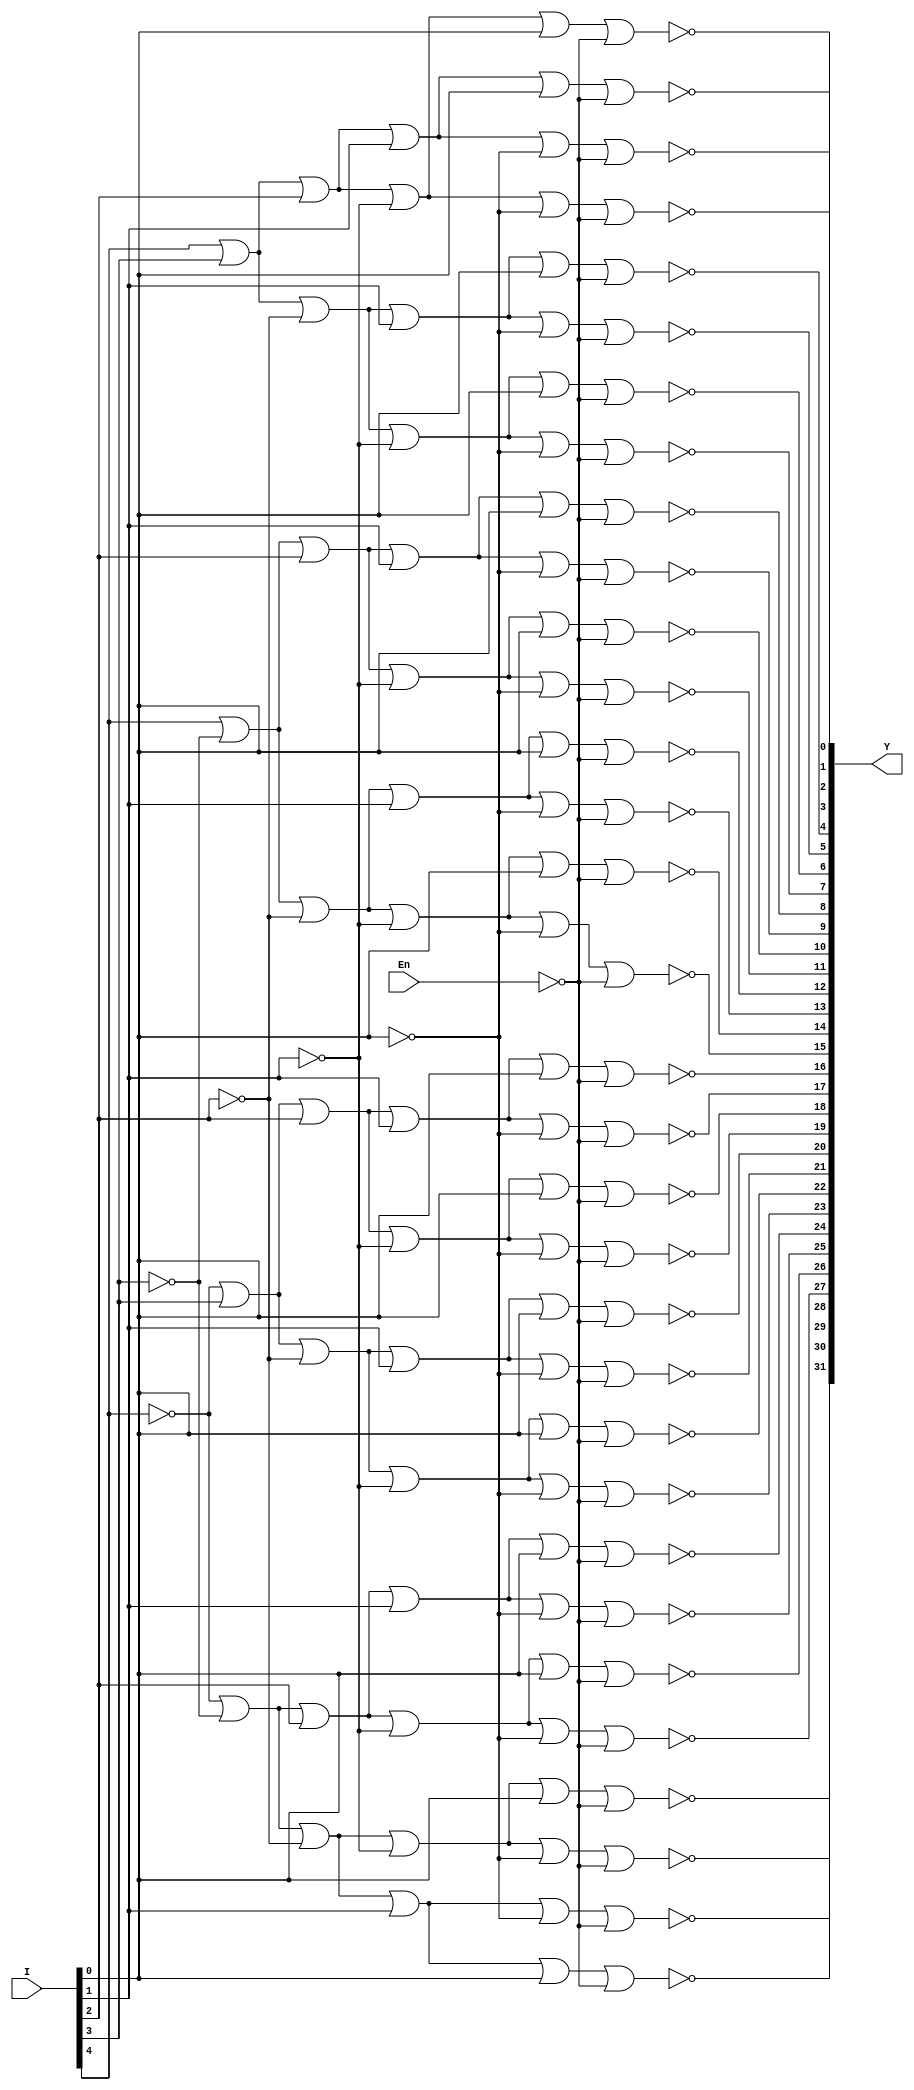
`timescale 1ns / 1ps
//////////////////////////////////////////////////////////////////////////////////
// Company: 
// Engineer: 
// 
// Design Name: 
// Module Name: DEC5T32E
// Project Name: 
// Target Devices: 
// Tool Versions: 
// Description: 
// 
// Dependencies: 
// 
// Revision:
// Revision 0.01 - File Created
// Additional Comments:
// 
//////////////////////////////////////////////////////////////////////////////////


module DEC5T32E(I,En,Y);
    input [4:0]I;
    input En;
    output [31:0]Y;
    not i0(In0,I[0]);
    not i1(In1,I[1]);
    not i2(In2,I[2]);
    not i3(In3,I[3]);
    not i4(In4,I[4]);
    not i(En_n,En);
    
    nor y31(Y[0],I[4],I[3],I[2],I[1],I[0],En_n);
    nor y30(Y[1],I[4],I[3],I[2],I[1],In0,En_n);
    nor y29(Y[2],I[4],I[3],I[2],In1,I[0],En_n);
    nor y28(Y[3],I[4],I[3],I[2],In1,In0,En_n);
    nor y27(Y[4],I[4],I[3],In2,I[1],I[0],En_n);
    nor y26(Y[5],I[4],I[3],In2,I[1],In0,En_n);
    nor y25(Y[6],I[4],I[3],In2,In1,I[0],En_n);
    nor y24(Y[7],I[4],I[3],In2,In1,In0,En_n);
    nor y23(Y[8],I[4],In3,I[2],I[1],I[0],En_n);
    nor y22(Y[9],I[4],In3,I[2],I[1],In0,En_n);
    nor y21(Y[10],I[4],In3,I[2],In1,I[0],En_n);
    nor y20(Y[11],I[4],In3,I[2],In1,In0,En_n);
    nor y19(Y[12],I[4],In3,In2,I[1],I[0],En_n);
    nor y18(Y[13],I[4],In3,In2,I[1],In0,En_n);
    nor y17(Y[14],I[4],In3,In2,In1,I[0],En_n);
    nor y16(Y[15],I[4],In3,In2,In1,In0,En_n);
    nor y15(Y[16],In4,I[3],I[2],I[1],I[0],En_n);
    nor y14(Y[17],In4,I[3],I[2],I[1],In0,En_n);
    nor y13(Y[18],In4,I[3],I[2],In1,I[0],En_n);
    nor y12(Y[19],In4,I[3],I[2],In1,In0,En_n);
    nor y11(Y[20],In4,I[3],In2,I[1],I[0],En_n);
    nor y10(Y[21],In4,I[3],In2,I[1],In0,En_n);
    nor y9(Y[22],In4,I[3],In2,In1,I[0],En_n);
    nor y8(Y[23],In4,I[3],In2,In1,In0,En_n);
    nor y7(Y[24],In4,In3,I[2],I[1],I[0],En_n);
    nor y6(Y[25],In4,In3,I[2],I[1],In0,En_n);
    nor y5(Y[26],In4,In3,I[2],In1,I[0],En_n);
    nor y4(Y[27],In4,In3,I[2],In1,In0,En_n);
    nor y3(Y[28],In4,In3,In2,I[1],I[0],En_n);
    nor y2(Y[29],In4,In3,In2,I[1],In0,En_n);
    nor y1(Y[30],In4,In3,In2,In1,I[0],En_n);
    nor y0(Y[31],In4,In3,In2,In1,In0,En_n);
endmodule


module DEC5T32E_TEST;
reg [4:0]I;
reg En;
wire [31:0]Y;
DEC5T32E aaa(.I(I),.En(En),.Y(Y));
    initial begin
            I='b00000;
            En=1;
            #20;
        
            I='b00011;
            #20;
            
            I='b10011;
            #20;
            
            En =0;
    end
endmodule